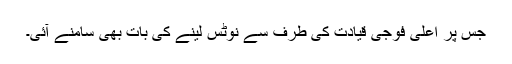
جس پر اعلیٰ فوجی قیادت کی طرف سے نوٹس لینے کی بات بھی سامنے آئی۔